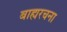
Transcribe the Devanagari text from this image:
बाह्यरचना